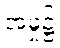
အမှု၌